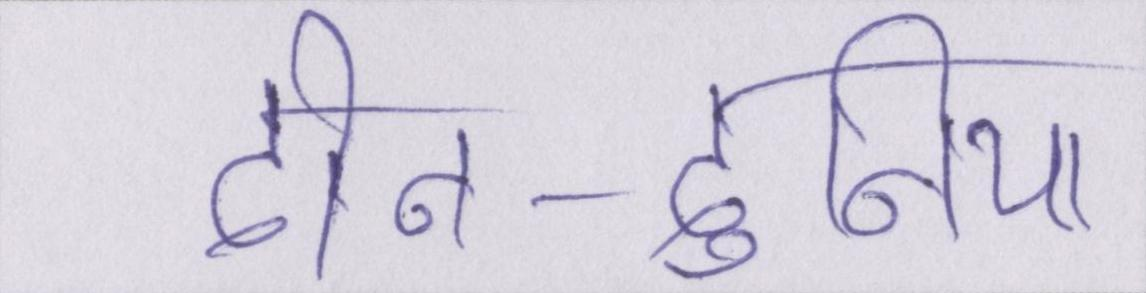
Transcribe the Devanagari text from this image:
दीन-दुनिया